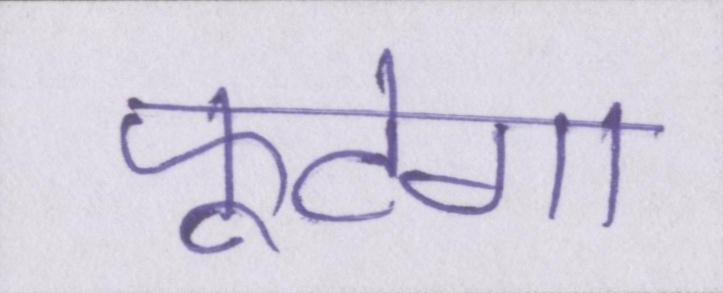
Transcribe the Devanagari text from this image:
फूटेगा